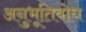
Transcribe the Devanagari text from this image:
अनुभूतिबोध